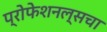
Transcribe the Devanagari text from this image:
प्रोफेशनल्सचा